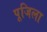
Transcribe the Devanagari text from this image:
पूजिला